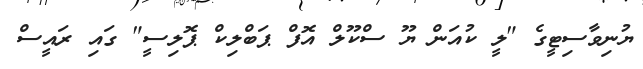
ޔުނިވާސިޓީގެ "ލީ ކުއަން ޔޫ ސްކޫލް އޮފް ޕަބްލިކް ޕޮލިސީ" ގައި ރައީސް